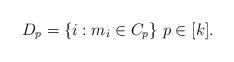
LaTeX: \begin{align*} D_p = \{ i : m_i \in C_p \} \ p \in [k]. \end{align*}